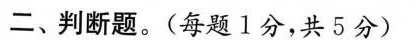
二、判断题。(每题1分，共5分)